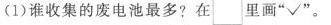
(1)谁收集的废电池最多?在\Box 里画”√”。